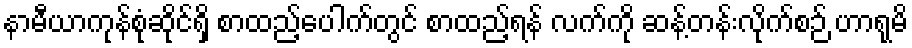
နာမီယာကုန်စုံဆိုင်ရှိ စာထည့်ပေါက်တွင် စာထည့်ရန် လက်ကို ဆန့်တန်းလိုက်စဉ် ဟာရုမိ